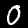
Digit: 0